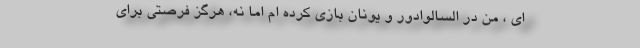
ای ، من در السالوادور و یونان بازی کرده ام اما نه، هرگز فرصتی برای